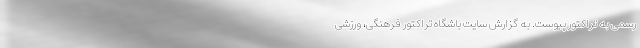
رسمی به تراکتور پیوست. به گزارش سایت باشگاه تراکتور فرهنگی، ورزشی